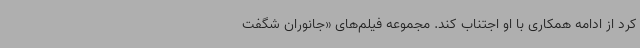
کرد از ادامه همکاری با او اجتناب کند. مجموعه فیلم‌های «جانوران شگفت